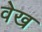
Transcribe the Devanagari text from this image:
वेख